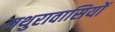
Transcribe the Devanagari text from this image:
मथुरावासियों